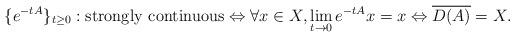
LaTeX: \begin{align*}\{e^{-tA}\}_{t\ge0}:{\rm strongly~continuous} \Leftrightarrow\forall x\in X, \lim_{t\to0}e^{-tA}x=x\Leftrightarrow\overline{D(A)}=X. \end{align*}